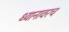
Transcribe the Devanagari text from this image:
ध्यानावरच